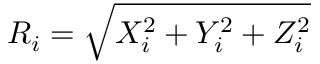
R _ { i } = \sqrt { X _ { i } ^ { 2 } + Y _ { i } ^ { 2 } + Z _ { i } ^ { 2 } }